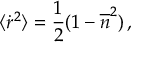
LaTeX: \langle { \dot { r } } ^ { 2 } \rangle = \frac { 1 } { 2 } ( 1 - { \overline { { n } } } ^ { 2 } ) \, ,